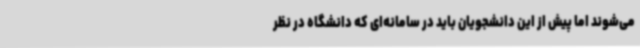
می‌شوند اما پیش از این دانشجویان باید در سامانه‌ای که دانشگاه در نظر